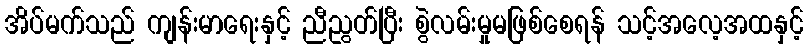
အိပ်မက်သည် ကျန်းမာရေးနှင့် ညီညွတ်ပြီး စွဲလမ်းမှုမဖြစ်စေရန် သင့်အလေ့အထနှင့်